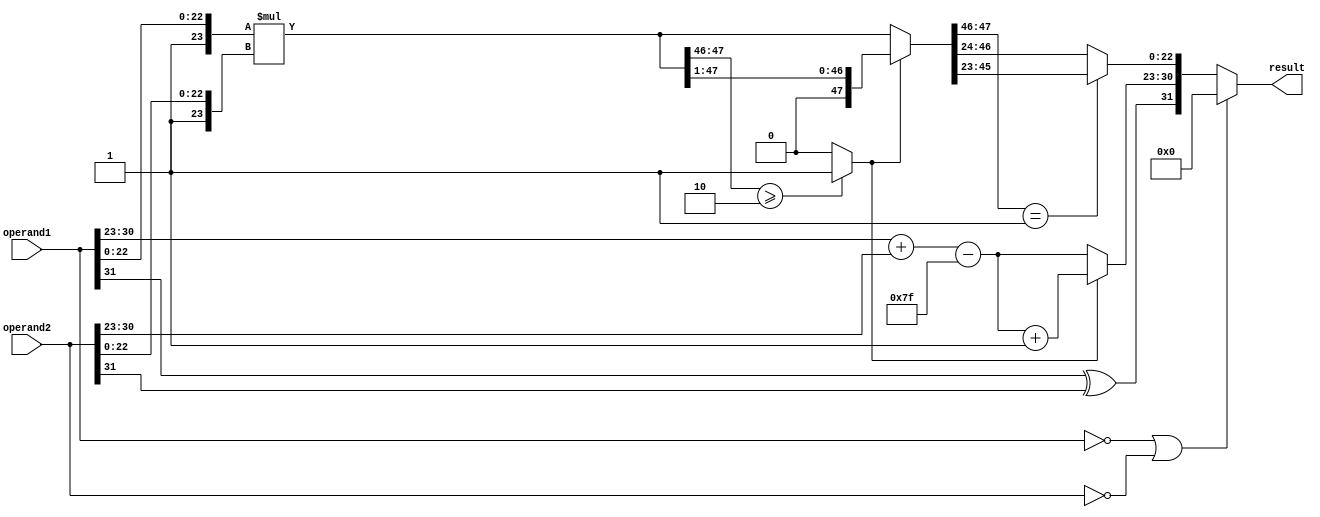
module fp_mul(operand1, operand2, result);
input[31:0] operand1;
input[31:0] operand2;
output [31:0]result;
wire [47:0] mantissa_product;
wire [47:0] mantissa_product_a;
wire [23:0] mantissa1;
wire [23:0] mantissa2;
wire sign_result;
wire [7:0] exp_result;
wire [22:0]mantissa_result;
wire flag;
//combinational logic
assign mantissa1={1'b1, operand1[22:0]};
assign mantissa2={1'b1, operand2[22:0]};
assign mantissa_product_a = mantissa1*mantissa2;
assign flag =(mantissa_product_a[47:46]>=2'b10)?1:0;
assign mantissa_product = (flag==1)?mantissa_product_a>>1:mantissa_product_a;
assign sign_result = operand1[31]^operand2[31];
assign mantissa_result = (mantissa_product[47:46]==2'b01)?mantissa_product[45:23]:mantissa_product[46:24];
assign exp_result = (flag==0)?operand1[30:23]+operand2[30:23]-8'd127:operand1[30:23]+operand2[30:23]-8'd127+1'b1;
assign result=(operand1==0 || operand2==0)?0:{sign_result,exp_result,mantissa_result};
endmodule